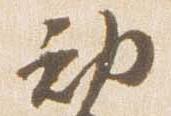
勅